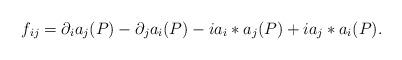
LaTeX: \begin{align*}f_{ij}=\partial_ia_j(P)-\partial_ja_i(P)-ia_i*a_j(P)+ia_j*a_i(P).\end{align*}